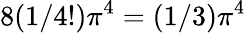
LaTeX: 8(1/4!)\pi^{4}=(1/3)\pi^{4}